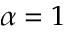
\alpha = 1